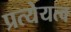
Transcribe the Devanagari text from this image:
प्रत्येयत्व